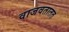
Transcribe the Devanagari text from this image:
वाजवतातत